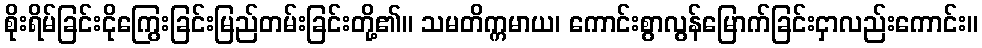
စိုးရိမ်ခြင်းငိုကြွေးခြင်းမြည်တမ်းခြင်းတို့၏။ သမတိက္ကမာယ၊ ကောင်းစွာလွန်မြောက်ခြင်းငှာလည်းကောင်း။